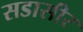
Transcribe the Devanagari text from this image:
सडासीर